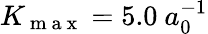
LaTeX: K_{\mathrm{~m~a~x~}}=5.0~a_{0}^{-1}